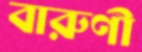
বারুণী